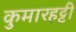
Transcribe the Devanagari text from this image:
कुमारहट्टी